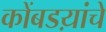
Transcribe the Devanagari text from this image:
कोंबडय़ांचे